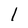
Character: l